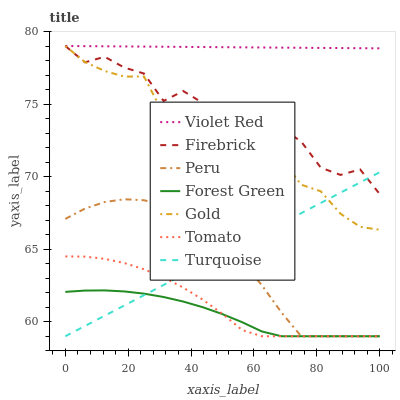
| xaxis_label | Violet Red | Firebrick | Peru | Forest Green | Gold | Tomato | Turquoise |
 | --- | --- | --- | --- | --- | --- | --- | --- |
 | 0 | 79 | 79 | 67.1 | 62.1 | 79 | 64.5 | 59 |
 | 6.25 | 79 | 77.9 | 67.8 | 62.1 | 77.9 | 64.5 | 59.7 |
 | 12.5 | 79 | 78.3 | 68.2 | 62.2 | 77.3 | 64.3 | 60.4 |
 | 18.8 | 79 | 77.5 | 68.4 | 62.1 | 76.9 | 64 | 61.1 |
 | 25 | 79 | 77.1 | 68.4 | 61.9 | 76.9 | 63.6 | 61.8 |
 | 31.2 | 78.9 | 75.2 | 68 | 61.7 | 74.3 | 63.1 | 62.5 |
 | 37.5 | 78.9 | 75.9 | 67.5 | 61.4 | 74.3 | 62.4 | 63.2 |
 | 43.8 | 78.9 | 75.1 | 66.6 | 61 | 74 | 61.5 | 63.9 |
 | 50 | 78.9 | 74.7 | 65.5 | 60.5 | 73.1 | 60.5 | 64.7 |
 | 56.2 | 78.9 | 74.3 | 64.1 | 60 | 72.8 | 59.4 | 65.4 |
 | 62.5 | 78.9 | 73.7 | 62.5 | 59.3 | 71.4 | 59 | 66.1 |
 | 68.8 | 78.9 | 73.3 | 60.6 | 59 | 71.2 | 59 | 66.8 |
 | 75 | 78.9 | 72.4 | 59 | 59 | 69.4 | 59 | 67.5 |
 | 81.2 | 78.9 | 70.6 | 59 | 59 | 69 | 59 | 68.2 |
 | 87.5 | 78.9 | 70.1 | 59 | 59 | 67.4 | 59 | 68.9 |
 | 93.8 | 78.8 | 70.5 | 59 | 59 | 66.5 | 59 | 69.6 |
 | 100 | 78.8 | 68.8 | 59 | 59 | 66.3 | 59 | 70.3 |